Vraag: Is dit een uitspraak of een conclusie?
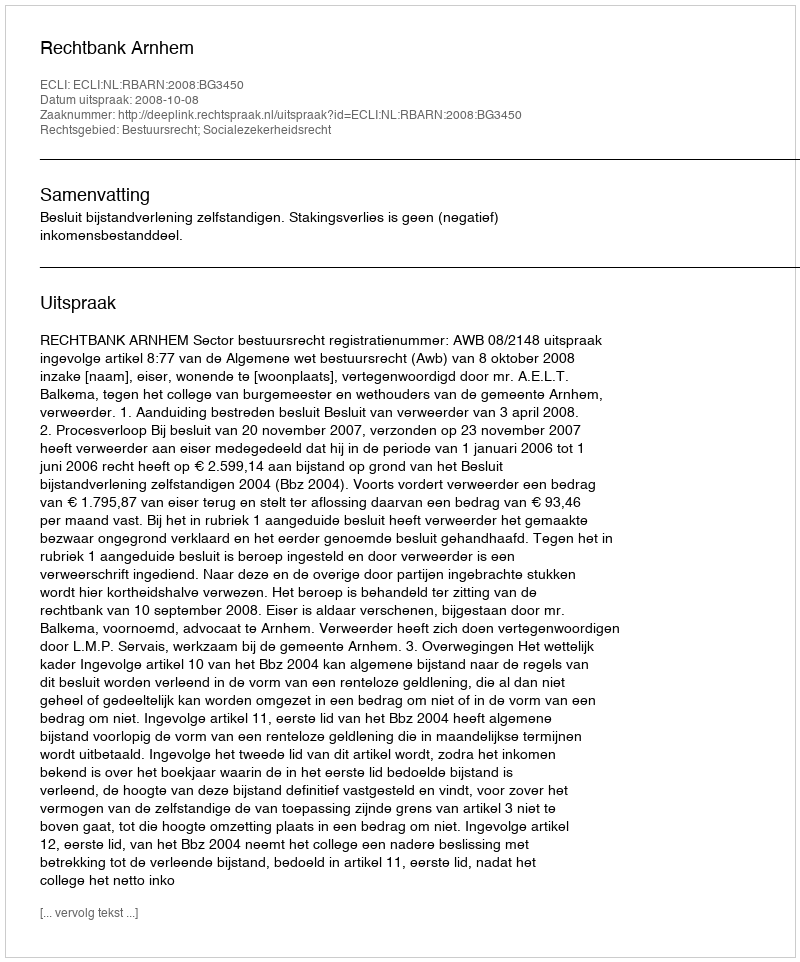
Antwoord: Uitspraak